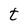
Character: t